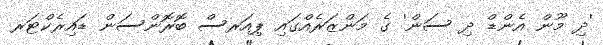
'ދި މޫން އެންޑް ދި ސަން' ގެ މަންޒަރެއްގައި ޕިއަރސް ބޮރޮންސަން ޑައިރެކްޓަރ